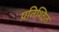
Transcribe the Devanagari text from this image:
प्रतिश्ठित